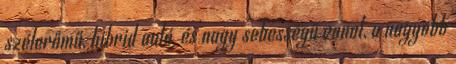
szélerőmű, hibrid autó, és nagy sebességű vonat, a nagyobb